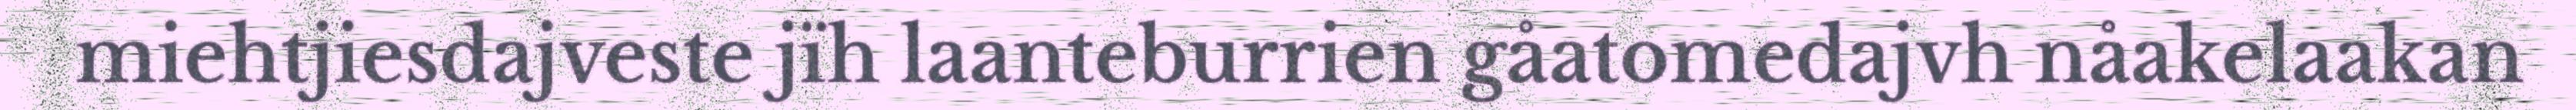
miehtjiesdajveste jïh laanteburrien gåatomedajvh nåakelaakan